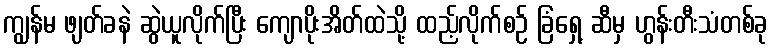
ကျွန်မ ဖျတ်ခနဲ ဆွဲယူလိုက်ပြီး ကျောပိုးအိတ်ထဲသို့ ထည့်လိုက်စဉ် ခြံရှေ့ ဆီမှ ဟွန်းတီးသံတစ်ခု